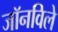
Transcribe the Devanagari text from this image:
जॉनविले